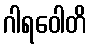
ဂါရဝေါတိ